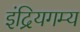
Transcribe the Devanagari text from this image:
इंद्रियगम्य